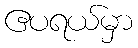
ဧပရယ်မှာ